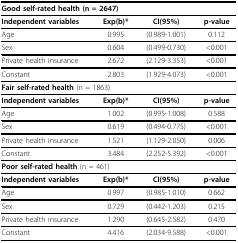
<table><thead><tr><td colspan="4"><b>Good self-rated health (n = 2647)</b></td></tr></thead><tbody><tr><td><b>Independent variables</b></td><td><b>Exp(b)*</b></td><td><b>CI(95%)</b></td><td><b>p-value</b></td></tr><tr><td>Age</td><td>0.995</td><td>(0.989-1.001)</td><td>0.112</td></tr><tr><td>Sex</td><td>0.604</td><td>(0.499-0.730)</td><td>&lt;0.001</td></tr><tr><td>Private health insurance</td><td>2.672</td><td>(2.129-3.353)</td><td>&lt;0.001</td></tr><tr><td>Constant</td><td>2.803</td><td>(1.929-4.073)</td><td>&lt;0.001</td></tr><tr><td colspan="4"><b>Fair self-rated health </b>(n = 1863)</td></tr><tr><td><b>Independent variables</b></td><td><b>Exp(b)*</b></td><td><b>CI(95%)</b></td><td><b>p-value</b></td></tr><tr><td>Age</td><td>1.002</td><td>(0.995-1.008)</td><td>0.588</td></tr><tr><td>Sex</td><td>0.619</td><td>(0.494-0.775)</td><td>&lt;0.001</td></tr><tr><td>Private health insurance</td><td>1.521</td><td>(1.129-2.050)</td><td>0.006</td></tr><tr><td>Constant</td><td>3.484</td><td>(2.252-5.392)</td><td>&lt;0.001</td></tr><tr><td colspan="4"><b>Poor self-rated health </b>(n = 461)</td></tr><tr><td><b>Independent variables</b></td><td><b>Exp(b)*</b></td><td><b>CI(95%)</b></td><td><b>p-value</b></td></tr><tr><td>Age</td><td>0.997</td><td>(0.985-1.010)</td><td>0.662</td></tr><tr><td>Sex</td><td>0.729</td><td>(0.442-1.203)</td><td>0.215</td></tr><tr><td>Private health insurance</td><td>1.290</td><td>(0.645-2.582)</td><td>0.470</td></tr><tr><td>Constant</td><td>4.416</td><td>(2.034-9.588)</td><td>&lt;0.001</td></tr></tbody></table>